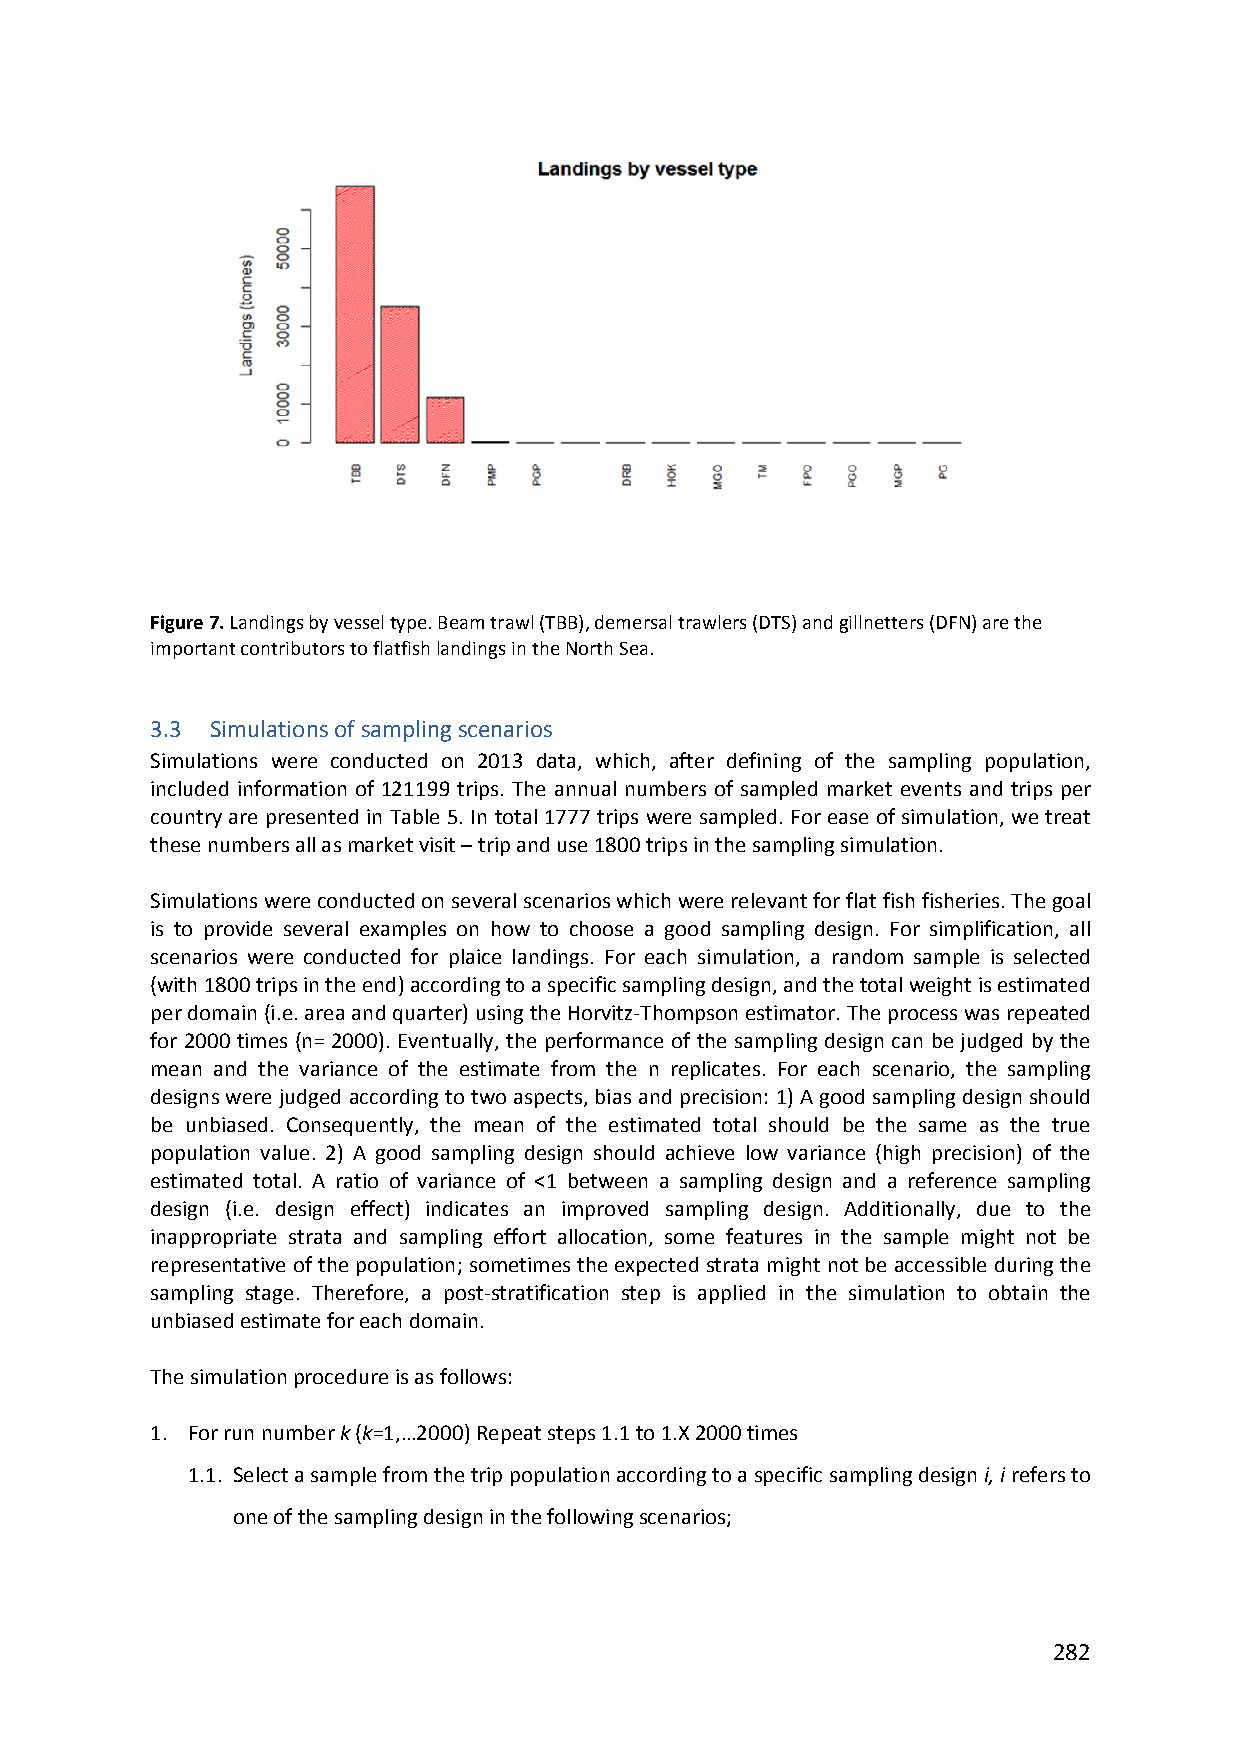
Figure 7. Landings by vessel type. Beam trawl (TBB), demersal trawlers (DTS) and gillnetters (DFN) are the
 important contributors to flatfish landings in the North Sea.
 3.3 Simulations of sampling scenarios
 Simulations were conducted on 2013 data, which, after defining of the sampling population,
 included information of 121199 trips. The annual numbers of sampled market events and trips per
 country are presented in Table 5. In total 1777 trips were sampled. For ease of simulation, we treat
 these numbers all as market visit – trip and use 1800 trips in the sampling simulation.
 Simulations were conducted on several scenarios which were relevant for flat fish fisheries. The goal
 is to provide several examples on how to choose a good sampling design. For simplification, all
 scenarios were conducted for plaice landings. For each simulation, a random sample is selected
 (with 1800 trips in the end) according to a specific sampling design, and the total weight is estimated
 per domain (i.e. area and quarter) using the Horvitz‐Thompson estimator. The process was repeated
 for 2000 times (n= 2000). Eventually, the performance of the sampling design can be judged by the
 mean and the variance of the estimate from the n replicates. For each scenario, the sampling
 designs were judged according to two aspects, bias and precision: 1) A good sampling design should
 be unbiased. Consequently, the mean of the estimated total should be the same as the true
 population value. 2) A good sampling design should achieve low variance (high precision) of the
 estimated total. A ratio of variance of <1 between a sampling design and a reference sampling
 design (i.e. design effect) indicates an improved sampling design. Additionally, due to the
 inappropriate strata and sampling effort allocation, some features in the sample might not be
 representative of the population; sometimes the expected strata might not be accessible during the
 sampling stage. Therefore, a post‐stratification step is applied in the simulation to obtain the
 unbiased estimate for each domain.
 The simulation procedure is as follows:
 1. For run number k (k=1,…2000) Repeat steps 1.1 to 1.X 2000 times
 1.1. Select a sample from the trip population according to a specific sampling design i, i refers to
 one of the sampling design in the following scenarios;
 282